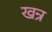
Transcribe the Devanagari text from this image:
खन्र